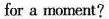
for a moment?